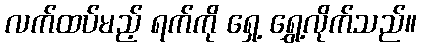
လက်ထပ်မည့် ရက်ကို ရှေ့ ရွှေ့လိုက်သည်။